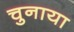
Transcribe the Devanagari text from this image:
चुनाया